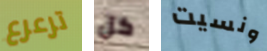
ترعرع كل ونسيت